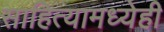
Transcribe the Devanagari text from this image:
साहित्यामध्येही